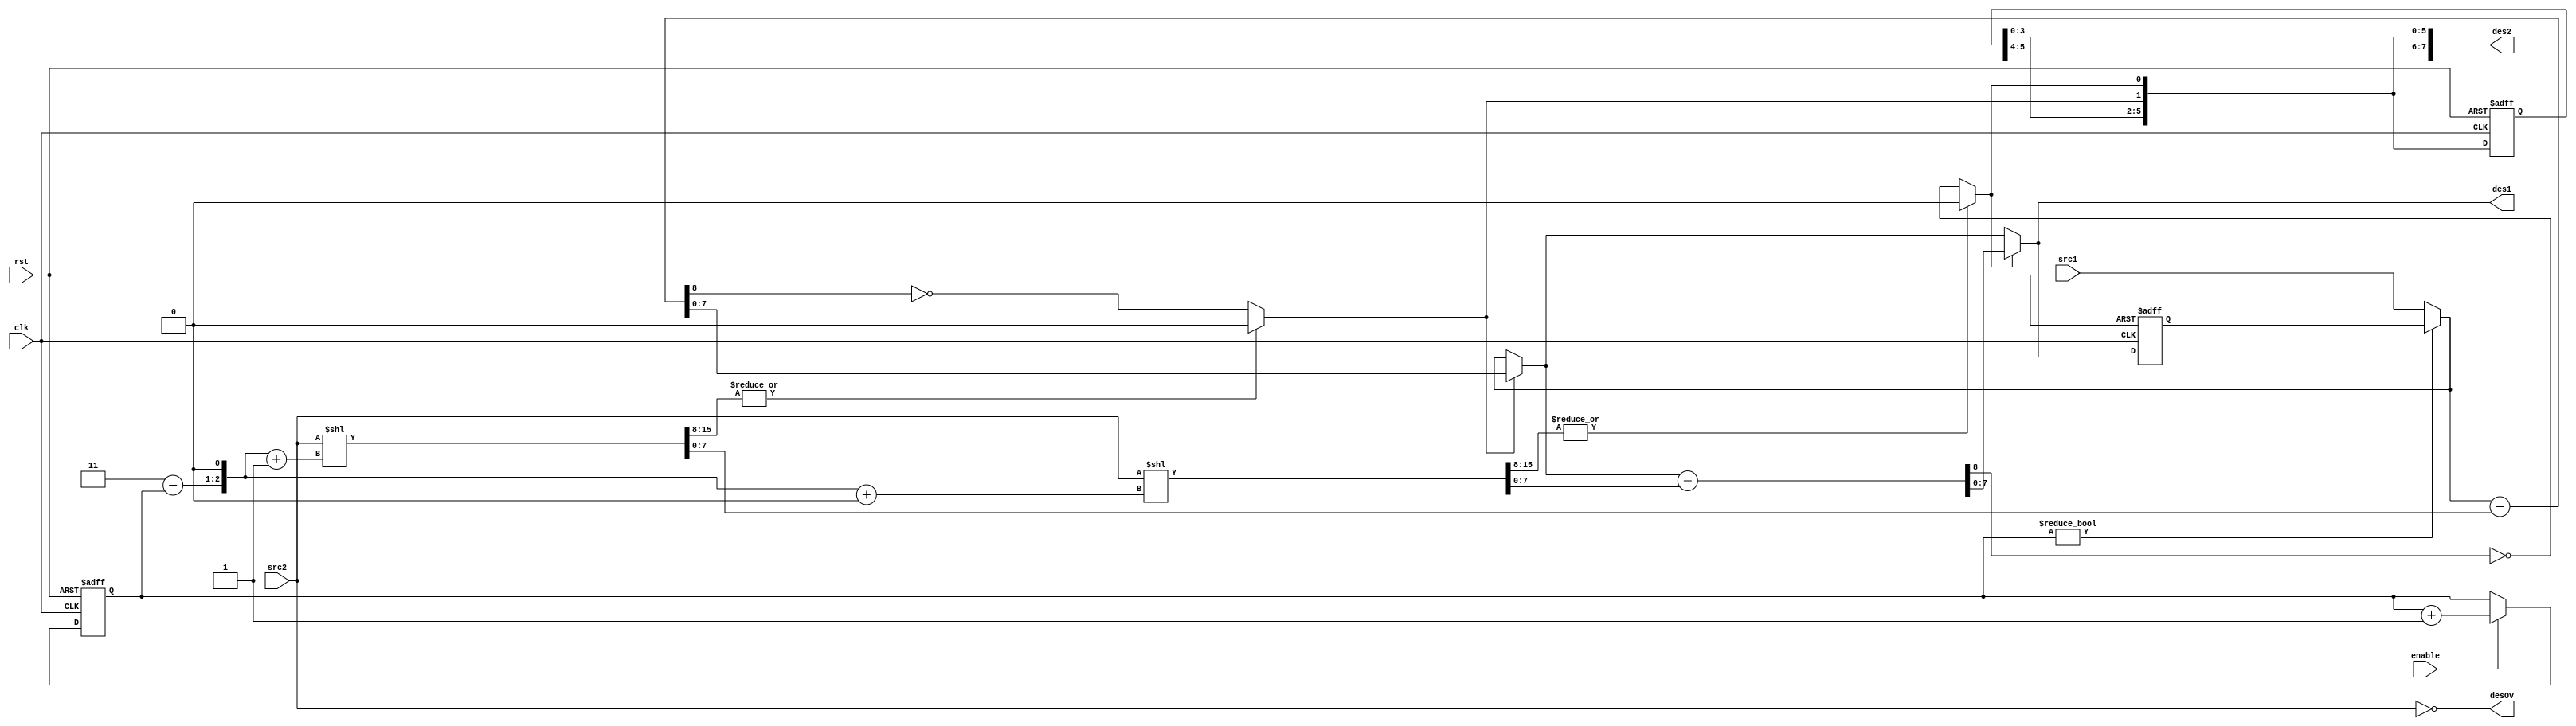
module oc8051_divide (clk, rst, enable, src1, src2, des1, des2, desOv);
//
// this module is part of alu
// clk          (in)
// rst          (in)
// enable       (in)  starts divison
// src1         (in)  first operand
// src2         (in)  second operand
// des1         (out) first result
// des2         (out) second result
// desOv        (out) Overflow output
//

input clk, rst, enable;
input [7:0] src1, src2;
output desOv;
output [7:0] des1, des2;

// wires
wire desOv;
wire div0, div1;
wire [7:0] rem0, rem1, rem2;
wire [8:0] sub0, sub1;
wire [15:0] cmp0, cmp1;
wire [7:0] div_out, rem_out;

// real registers
reg [1:0] cycle;
reg [5:0] tmp_div;
reg [7:0] tmp_rem;

// The main logic
assign cmp1 = src2 << ({2'h3 - cycle, 1'b0} + 3'h1);
assign cmp0 = src2 << ({2'h3 - cycle, 1'b0} + 3'h0);

assign rem2 = cycle != 0 ? tmp_rem : src1;

assign sub1 = {1'b0, rem2} - {1'b0, cmp1[7:0]};
assign div1 = |cmp1[15:8] ? 1'b0 : !sub1[8];
assign rem1 = div1 ? sub1[7:0] : rem2[7:0];

assign sub0 = {1'b0, rem1} - {1'b0, cmp0[7:0]};
assign div0 = |cmp0[15:8] ? 1'b0 : !sub0[8];
assign rem0 = div0 ? sub0[7:0] : rem1[7:0];

//
// in clock cycle 0 we first calculate two MSB bits, ...
// till finally in clock cycle 3 we calculate two LSB bits
assign div_out = {tmp_div, div1, div0};
assign rem_out = rem0;
assign desOv = src2 == 8'h0;

//
// divider works in four clock cycles -- 0, 1, 2 and 3
always @(posedge clk or posedge rst)
begin
  if (rst) begin
    cycle <= #1 2'b0;
    tmp_div <= #1 6'h0;
    tmp_rem <= #1 8'h0;
  end else begin
    if (enable) cycle <= #1 cycle + 2'b1;
    tmp_div <= #1 div_out[5:0];
    tmp_rem <= #1 rem_out;
  end
end

//
// assign outputs
assign des1 = rem_out;
assign des2 = div_out;

endmodule